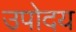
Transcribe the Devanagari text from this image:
उपोदय